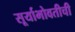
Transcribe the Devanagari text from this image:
सूर्याभोवतीची